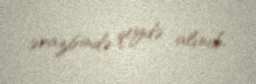
ərazisində qeydə alınıb.